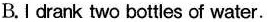
B.I drank two bottles of water.